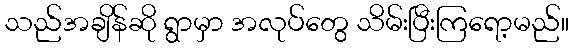
သည်အချိန်ဆို ရွာမှာ အလုပ်တွေ သိမ်းပြီးကြရော့မည်။